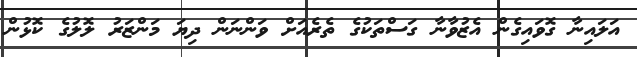
އަލައިނާ ގޮވައިގެން އެޒުވާނާ ގަސްތަކުގެ ތެރެއަށް ވަންނަން ދިޔަ މަންޒަރު ލޮލުގެ ކޮޅުން